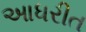
આધરીત